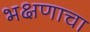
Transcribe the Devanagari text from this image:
भक्षणाचा